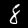
Digit: 8